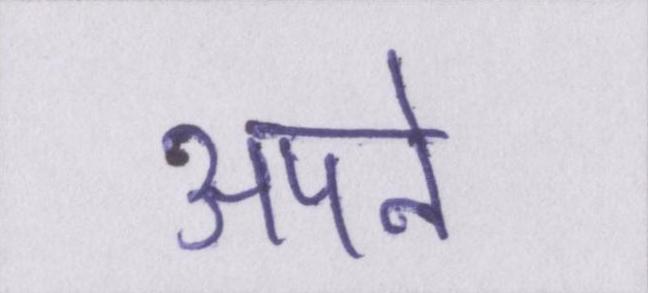
अपने